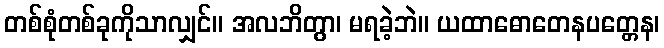
တစ်စုံတစ်ခုကိုသာလျှင်။ အလဘိတွာ၊ မရခဲ့ဘဲ။ ယထာဓောတေနပတ္တေန၊